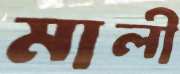
মালী